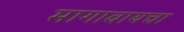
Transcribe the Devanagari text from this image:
मागावायचा